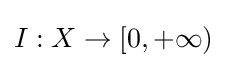
I:X\to [0,+\infty )